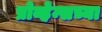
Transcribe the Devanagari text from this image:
प्रोव्हेन्सच्या